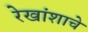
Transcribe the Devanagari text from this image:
रेखांशाचे